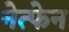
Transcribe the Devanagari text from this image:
नेत्फेन